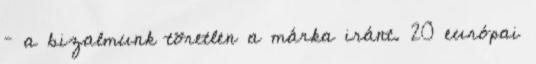
– a bizalmunk töretlen a márka iránt. 20 európai